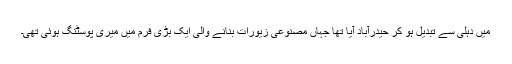
میں دہلی سے تبدیل ہو کر حیدرآباد آیا تھا جہاں مصنوعی زیورات بنانے والی ایک بڑی فرم میں میری پوسٹنگ ہوئی تھی۔